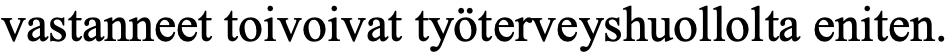
vastanneet toivoivat työterveyshuollolta eniten.